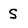
Character: S